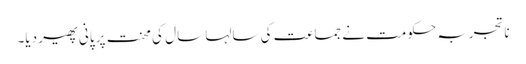
ناتجربہ حکومت نے جماعت کی سالہا سال کی محنت پر پانی پھیر دیا۔